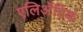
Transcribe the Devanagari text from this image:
एलिअॅटिक